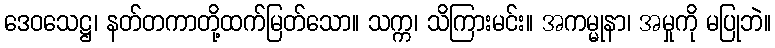
ဒေဝသေဋ္ဌ၊ နတ်တကာတို့ထက်မြတ်သော။ သက္က၊ သိကြားမင်း။ အကမ္မုနာ၊ အမှုကို မပြုဘဲ။